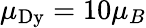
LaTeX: \mu_{\mathrm{Dy}}=10\mu_{B}